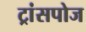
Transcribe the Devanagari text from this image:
ट्रांसपोज